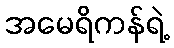
အမေရိကန်ရဲ့